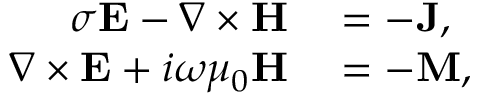
\begin{array} { r l } { \sigma \mathbf { E } - \nabla \times \mathbf { H } } & { { } = - \mathbf { J } , } \\ { \nabla \times \mathbf { E } + i \omega \mu _ { 0 } \mathbf { H } } & { { } = - \mathbf { M } , } \end{array}